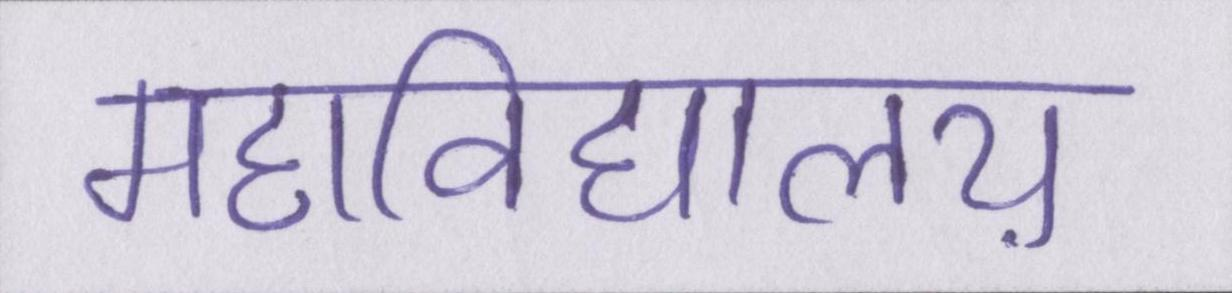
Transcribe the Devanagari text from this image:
महाविद्यालय़